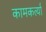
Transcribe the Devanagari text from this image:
कामकर्त्या